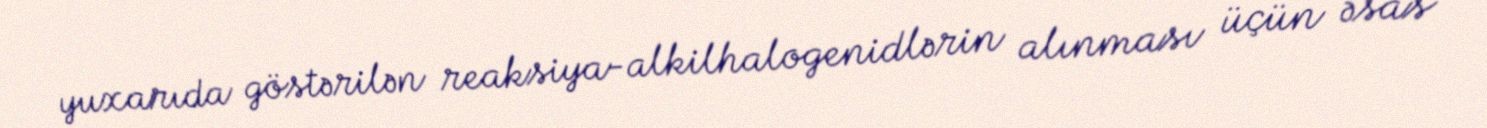
yuxarıda göstərilən reaksiya-alkilhalogenidlərin alınması üçün əsas